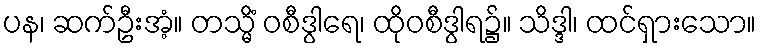
ပန၊ ဆက်ဦးအံ့။ တသ္မိံ ဝစီဒွါရေ၊ ထိုဝစီဒွါရ၌။ သိဒ္ဒါ၊ ထင်ရှားသော။